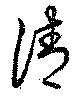
清